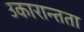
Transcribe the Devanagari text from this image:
उकारान्तता